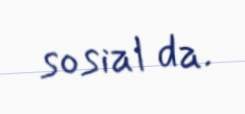
sosial da.